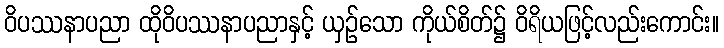
ဝိပဿနာပညာ ထိုဝိပဿနာပညာနှင့် ယှဉ်သော ကိုယ်စိတ်၌ ဝိရိယဖြင့်လည်းကောင်း။